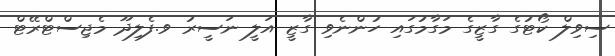
ސިވިލް ކޯޓުގެ ގާޒީގެ މަގާމުގައި ހުންނެވި ގާޒީ އަލީ ނަސީރު ވ.ފެލިދޫ މެޖިސްޓްރޭޓް